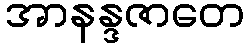
အာနန္ဒဇာတေ